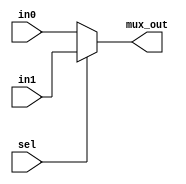
module mux2 (mux_out,in0,in1,sel);
	output [31:0] mux_out;
	input [31:0] in0,in1;
	input sel;
	
	assign mux_out = sel ? in1 : in0;
endmodule

module mux3 (mux_out,in0,in1,in2,sel);
	output reg [31:0] mux_out;
	input [31:0] in0,in1,in2;
	input [1:0] sel;
	
	always@(*)
		case (sel)
		2'b00:	mux_out = in0;
		2'b01:	mux_out = in1;
		2'b10:	mux_out = in2;
		2'b11:	mux_out = 32'd0;
		endcase
endmodule